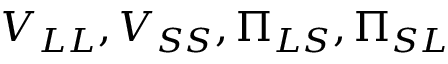
V _ { L L } , V _ { S S } , \Pi _ { L S } , \Pi _ { S L }